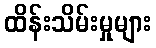
ထိန်းသိမ်းမှုများ